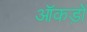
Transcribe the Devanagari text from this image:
ऑकड़ों